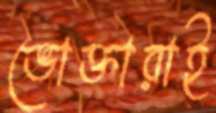
ভোক্তারাই